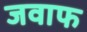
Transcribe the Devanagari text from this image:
जवाफ